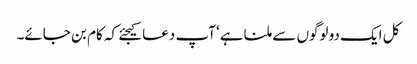
کل ایک دو لوگوں سے ملنا ہے‘ آپ دعا کیجئے کہ کام بن جائے۔